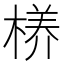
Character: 𮲸